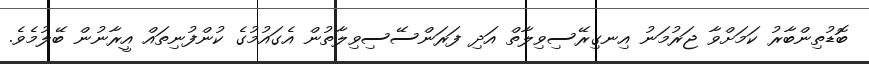
ބޮޑުތިންބާރު ކަމަށްވާ ޖަރުމަނު އިނގިރޭސިވިލާތް އަދި ފަރަންސޭސިވިލާތުން އެގައުމުގެ ކުންފުނިތައް އީރާނުން ބޭލުމެވެ.